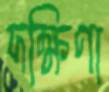
দক্ষিণা